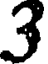
3